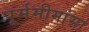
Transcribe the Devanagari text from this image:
पूर्ममीमांसा